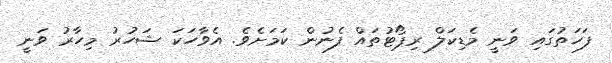
ފަހަތުގައި ވަނީ މެޑިކަލް ރިޕޯޓުތައް ފެނުން ކަމަށެވެ. އެވާހަކަ ޝަހުރު މިހާރު ވަނީ